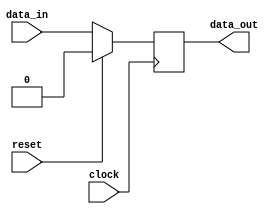
module DFF0(data_in,clock,reset, data_out);
input data_in;
input clock,reset;

output reg data_out;

always@(posedge clock)
	begin
		if(reset)
			data_out<=1'b0;
		else
			data_out<=data_in;
	end	

endmodule